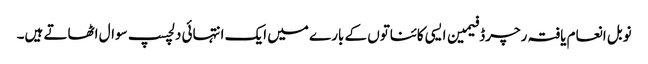
نوبل انعام یافتہ رچرڈ فیمین ایسی کائناتوں کے بارے میں ایک انتہائی دلچسپ سوال اٹھاتے ہیں۔